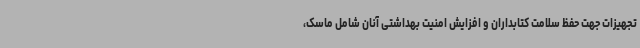
تجهیزات جهت حفظ سلامت کتابداران و افزایش امنیت بهداشتی آنان شامل ماسک،